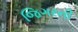
જિગરની